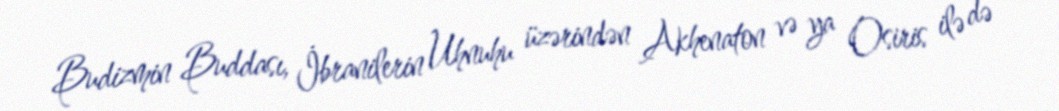
Budizmin Buddası, İbranilerin Uhnuhu üzərindən Akhenaton və ya Osiris ilə də